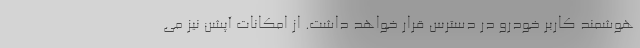
هوشمند کاربر خودرو در دسترس قرار خواهد داشت. از امکانات آپشن نیز می